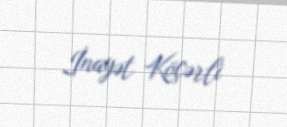
İnayət Köçərli